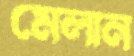
মেলান